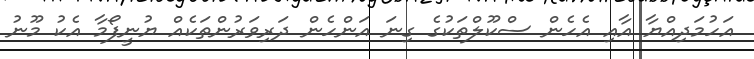
އަހުމަދިއްޔާ އާއި އެހެން ސްކޫލްތަކުގެ ގިނަ އަންހެން ދަރިވަރުންތަކެއް ޔުނީފޯމާ އެކު މޫނު